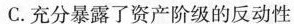
C.充分暴露了资产阶级的反动性